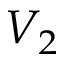
V _ { 2 }